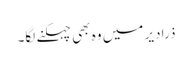
ذرا دیر میں وہ بھی چہکنے لگا۔